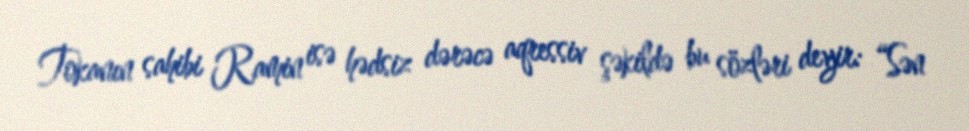
Tokanın sahibi Ramin isə hədsiz dərəcə aqressiv şəkildə bu sözləri deyir: “Sən